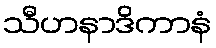
သီဟနာဒိကာနံ